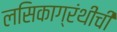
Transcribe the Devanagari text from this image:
लसिकाग्रंथींची